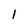
Character: l